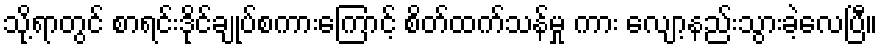
သို့ရာတွင် စာရင်းဒိုင်ချုပ်စကားကြောင့် စိတ်ထက်သန်မှု ကား လျော့နည်းသွားခဲ့လေပြီ။